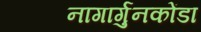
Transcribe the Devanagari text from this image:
नागार्गुनकोंडा